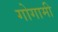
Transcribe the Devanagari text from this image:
गोगामी